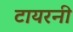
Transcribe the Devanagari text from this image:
टायरनी